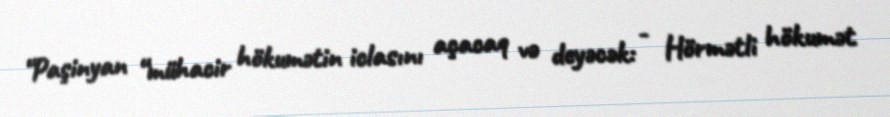
“Paşinyan “mühacir hökumətin iclasını açacaq və deyəcək: - Hörmətli hökumət